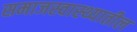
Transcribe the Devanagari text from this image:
समाजस्वास्थ्यातील